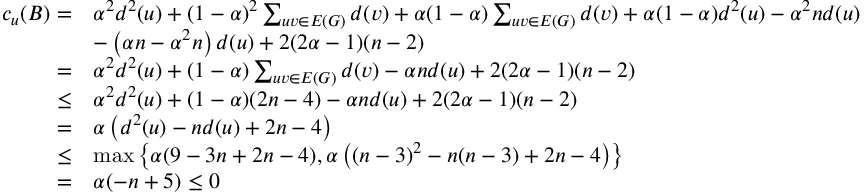
\begin{array} { r l } { c _ { u } ( B ) = } & { \alpha ^ { 2 } d ^ { 2 } ( u ) + ( 1 - \alpha ) ^ { 2 } \sum _ { u v \in E ( G ) } d ( v ) + \alpha ( 1 - \alpha ) \sum _ { u v \in E ( G ) } d ( v ) + \alpha ( 1 - \alpha ) d ^ { 2 } ( u ) - \alpha ^ { 2 } n d ( u ) } \\ & { - \left( \alpha n - \alpha ^ { 2 } n \right) d ( u ) + 2 ( 2 \alpha - 1 ) ( n - 2 ) } \\ { = } & { \alpha ^ { 2 } d ^ { 2 } ( u ) + ( 1 - \alpha ) \sum _ { u v \in E ( G ) } d ( v ) - \alpha n d ( u ) + 2 ( 2 \alpha - 1 ) ( n - 2 ) } \\ { \leq } & { \alpha ^ { 2 } d ^ { 2 } ( u ) + ( 1 - \alpha ) ( 2 n - 4 ) - \alpha n d ( u ) + 2 ( 2 \alpha - 1 ) ( n - 2 ) } \\ { = } & { \alpha \left( d ^ { 2 } ( u ) - n d ( u ) + 2 n - 4 \right) } \\ { \leq } & { \operatorname* { m a x } \left\{ \alpha ( 9 - 3 n + 2 n - 4 ) , \alpha \left( ( n - 3 ) ^ { 2 } - n ( n - 3 ) + 2 n - 4 \right) \right\} } \\ { = } & { \alpha ( - n + 5 ) \leq 0 } \end{array}